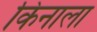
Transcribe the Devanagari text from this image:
किनाला